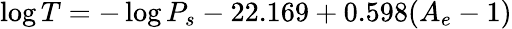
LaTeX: \log T=-\log P_{s}-22.169+0.598(A_{e}-1)